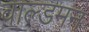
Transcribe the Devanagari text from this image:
वाल्डमन